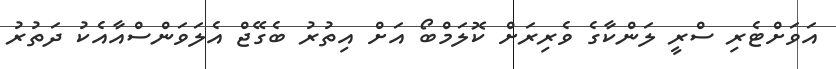
އަވަށްޓެރި ސްރީ ލަންކާގެ ވެރިރަށް ކޮލަމްބޯ އަށް އިތުރު ބެގޭޖް އެލަވަންސްއާއެކު ދަތުރު